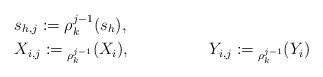
LaTeX: \begin{align*}&s_{h,j} := \rho_k^{j-1}(s_h),& && \\&X_{i,j} := {}_{\rho_k^{j-1}}(X_i),& &Y_{i,j} := {}_{\rho_k^{j-1}}(Y_i)& \end{align*}